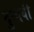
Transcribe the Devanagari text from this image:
दुन्यवी